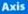
Axis